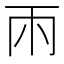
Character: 𮦄